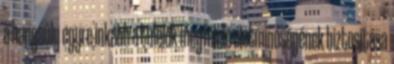
a hangsúly egyre inkább a túlélők megfelelő életminőségének biztosítása